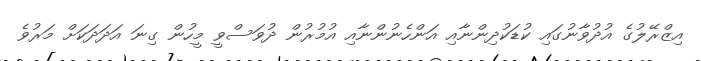
އިޒްރޭލުގެ އުދުވާނުގައި ކުޑަކުދިންނާއި އަންހެނުންނާއި އުމުރުން ދުވަސްވީ މީހުން ގިނަ އަދަދަކަށް މަރުވެ